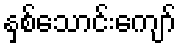
နှစ်သောင်းကျော်